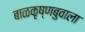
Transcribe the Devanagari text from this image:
बाळकृष्णबुवाला